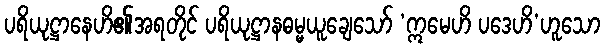
ပရိယုဋ္ဌာနေဟိ၏အရတိုင် ပရိယုဋ္ဌာနဓမ္မယူချေသော် ‘ဣမေဟိ ပဒေဟိ’ဟူသော